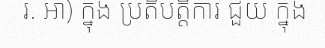
រ. អា) ក្នុង ប្រតិបត្តិការ ជួយ ក្នុង